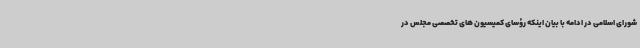
شورای اسلامی در ادامه با بیان اینکه رؤسای کمیسیون های تخصصی مجلس در